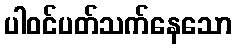
ပါဝင်ပတ်သက်နေသော